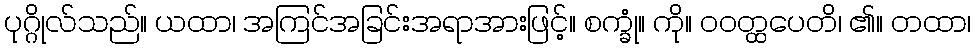
ပုဂ္ဂိုလ်သည်။ ယထာ၊ အကြင်အခြင်းအရာအားဖြင့်။ စက္ခုံ။ ကို။ ဝဝတ္ထပေတိ၊ ၏။ တထာ၊